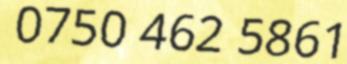
0750 462 5861